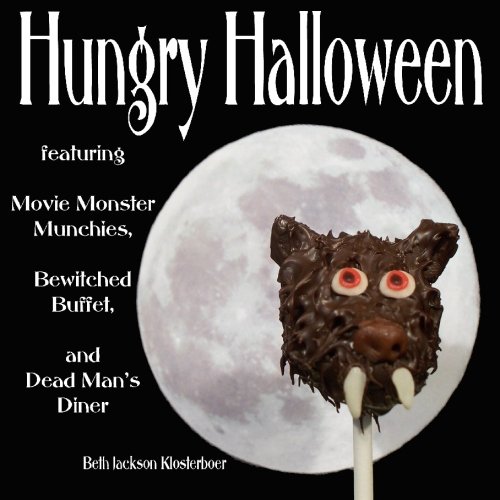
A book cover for Hungry Halloween: featuring Movie Monster Munchies, Bewitched Buffet, and Dead Man's Diner; Beth Jackson Klosterboer; Cookbooks, Food & Wine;